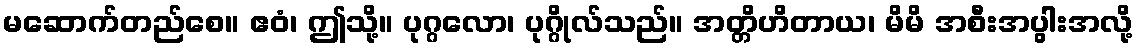
မဆောက်တည်စေ။ ဧဝံ၊ ဤသို့။ ပုဂ္ဂလော၊ ပုဂ္ဂိုလ်သည်။ အတ္တိဟိတာယ၊ မိမိ အစီးအပွါးအလို့